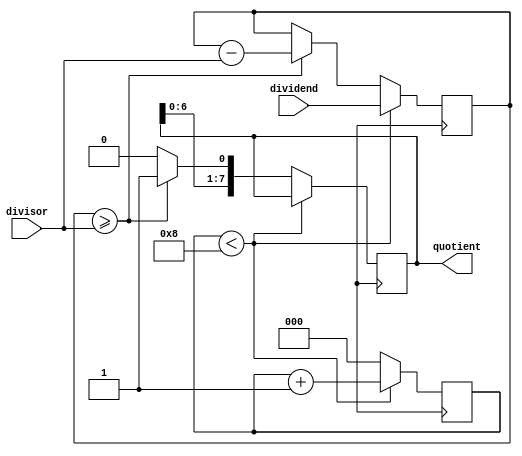
module shift_and_subtract_divider(
    input wire [7:0] dividend,
    input wire [7:0] divisor,
    output reg [7:0] quotient
    );
    
    reg [7:0] remainder;
    reg [2:0] shift_count;
    
    always @(posedge clk) begin
        if (shift_count < 8) begin
            remainder <= {remainder, dividend};
            shift_count <= shift_count + 1;
        end else begin
            if (remainder >= divisor) begin
                remainder <= remainder - divisor;
                quotient <= {quotient, 1'b1};
            end else begin
                quotient <= {quotient, 1'b0};
            end
            shift_count <= 0;
        end
    end
    
endmodule